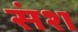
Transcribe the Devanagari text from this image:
संश